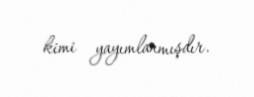
kimi yayımlanmışdır.